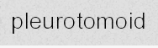
pleurotomoid